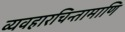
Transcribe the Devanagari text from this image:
व्यवहारचिन्तामाणि